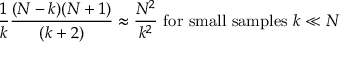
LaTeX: { \frac { 1 } { k } } { \frac { ( N - k ) ( N + 1 ) } { ( k + 2 ) } } \approx { \frac { N ^ { 2 } } { k ^ { 2 } } } { \mathrm { ~ f o r ~ s m a l l ~ s a m p l e s ~ } } k \ll N